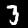
Digit: 3